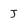
Character: J